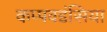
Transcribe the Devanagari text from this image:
कप्पवडंसिया